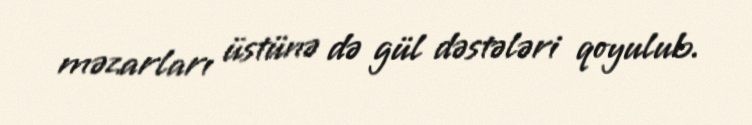
məzarları üstünə də gül dəstələri qoyulub.